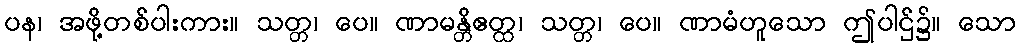
ပန၊ အဖို့တစ်ပါးကား။ သတ္တ၊ ပေ။ ဏာမန္တိဧတ္ထ၊ သတ္တ၊ ပေ။ ဏာမံဟူသော ဤပါဌ်၌။ သော